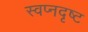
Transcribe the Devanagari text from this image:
स्वप्नदृष्ट